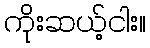
ကိုးဆယ့်ငါး။